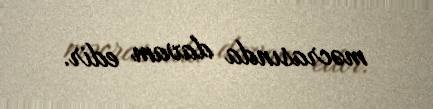
məcrasında davam edir.